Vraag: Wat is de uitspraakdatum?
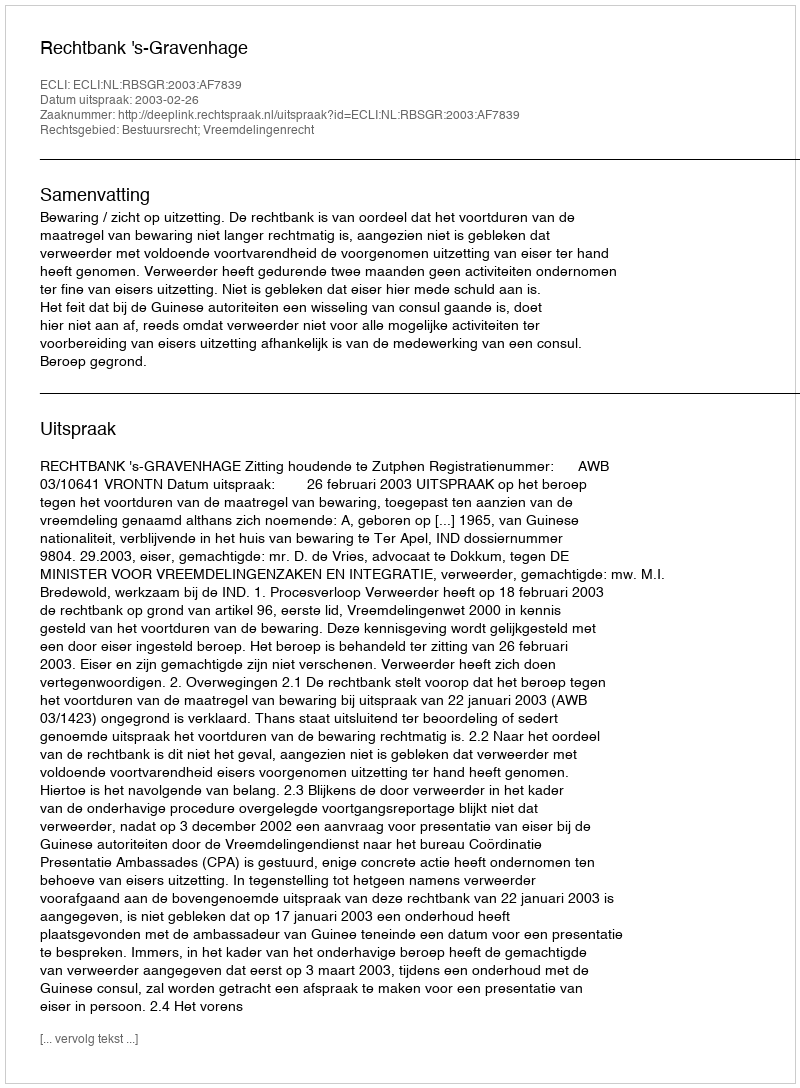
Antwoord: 2003-02-26